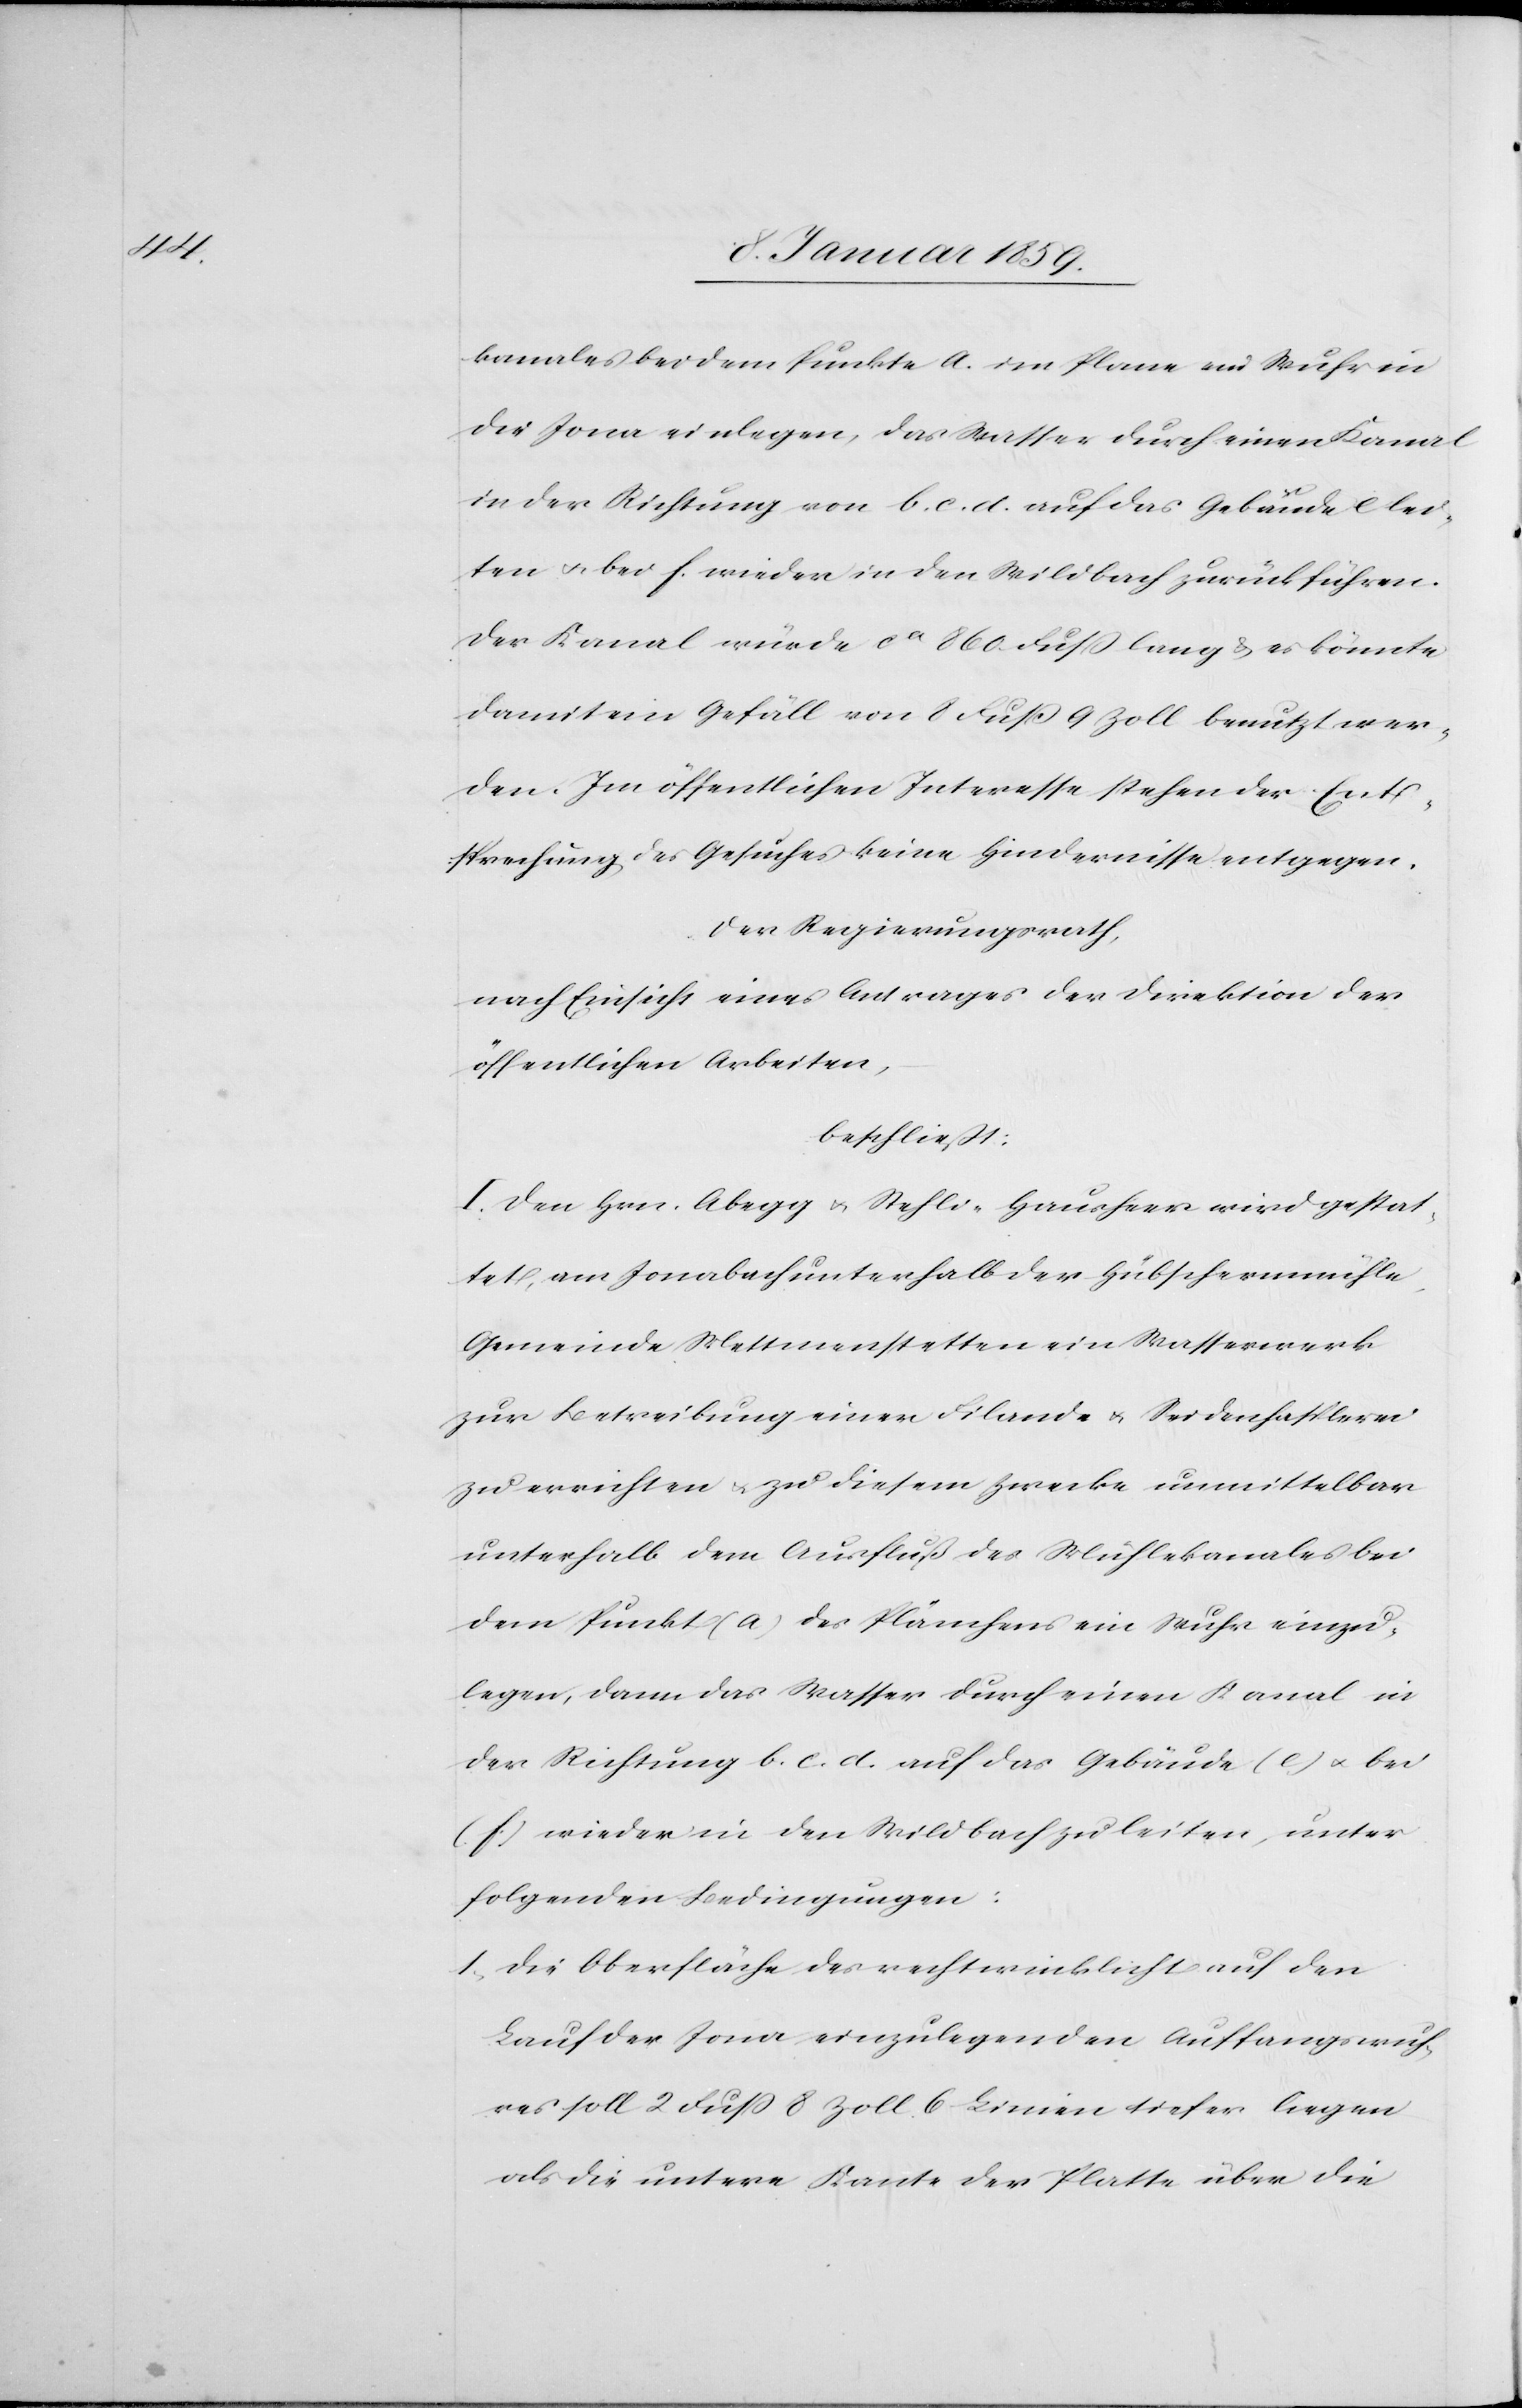
kanales bei dem Punkte a. im Plane ein Wuhr in
die Jona einlegen, das Wasser durch einen Kanal
in der Richtung von b.c.d. auf das Gebäude e lei¬
ten u. bei f. wieder in den Wildbach zurückführen.
Der Kanal würde ca. 860. Fuß lang & es könnte
damit ein Gefäll von 8 Fuß 9 Zoll benutzt wer¬
den. Im öffentlichen Interesse stehen der Ent¬
sprechung des Gesuches keine Hindernisse eingegen.
Der Regierungsrath,
nach Einsicht eines Antrages der Direktion der
öffentlichen Arbeiten,
beschließt:
I. Den Hrn. Abegg u. Stehli-Hausheer wird gestat¬
tet, am Jonabach unterhalb der Hübschernmühle,
Gemeinde Mettmenstetten ein Wasserwerk
zur Betreibung einer Filande u. Seidenhasplerei
zu errichten u. zu diesem Zwecke unmittelbar
unterhalb dem Ausfluß des Mühlekanales bei
dem Punkt a des Plänchens ein Wuhr einzu¬
legen, dann das Wasser durch einen Kanal in
der Richtung b.c.d auf das Gebäude e u. bei
f wieder in den Wildbach zu leiten, unter
folgenden Bedingungen:
1. Die Oberfläche des rechtwinklicht auf den
Lauf der Jona einzulegenden Auffangswuh¬
res soll 2 Fuß 8 Zoll 6 Linien tiefer liegen
als die untere Kante der Platte über die